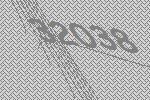
32038